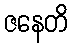
ဇနေတိ